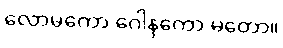
လောမကော ဂေါနကော မတော။